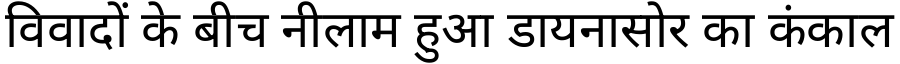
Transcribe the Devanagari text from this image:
विवादों के बीच नीलाम हुआ डायनासोर का कंकाल